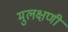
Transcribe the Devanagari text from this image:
मुलक्षणी